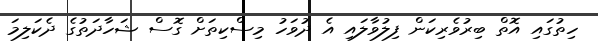
ހިތުގައި އޮތް ބިރުވެރިކަން ފިލުވާލައި އެ ދުވަހު މިސްކިތަށް ގޮސް ޝަހާދަތުގެ ދެކަލިމަ